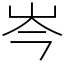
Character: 岑